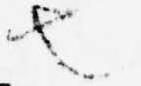
也